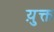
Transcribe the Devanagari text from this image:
य़ुक्त